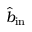
\hat { b } _ { \mathrm { i n } }